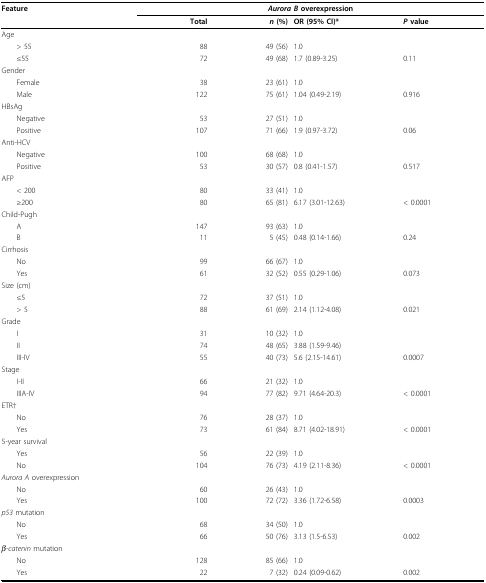
<table><thead><tr><td><b>Feature</b></td><td colspan="4"><b><i>Aurora B </i>overexpression</b></td></tr><tr><td></td><td><b>Total</b></td><td><b><i>n </i>(%)</b></td><td><b>OR (95% CI)*</b></td><td><b><i>P </i>value</b></td></tr></thead><tbody><tr><td>Age</td><td></td><td></td><td></td><td></td></tr><tr><td> &gt; 55</td><td>88</td><td>49 (56)</td><td>1.0</td><td></td></tr><tr><td> ≤55</td><td>72</td><td>49 (68)</td><td>1.7 (0.89-3.25)</td><td>0.11</td></tr><tr><td>Gender</td><td></td><td></td><td></td><td></td></tr><tr><td> Female</td><td>38</td><td>23 (61)</td><td>1.0</td><td></td></tr><tr><td> Male</td><td>122</td><td>75 (61)</td><td>1.04 (0.49-2.19)</td><td>0.916</td></tr><tr><td>HBsAg</td><td></td><td></td><td></td><td></td></tr><tr><td> Negative</td><td>53</td><td>27 (51)</td><td>1.0</td><td></td></tr><tr><td> Positive</td><td>107</td><td>71 (66)</td><td>1.9 (0.97-3.72)</td><td>0.06</td></tr><tr><td>Anti-HCV</td><td></td><td></td><td></td><td></td></tr><tr><td> Negative</td><td>100</td><td>68 (68)</td><td>1.0</td><td></td></tr><tr><td> Positive</td><td>53</td><td>30 (57)</td><td>0.8 (0.41-1.57)</td><td>0.517</td></tr><tr><td>AFP</td><td></td><td></td><td></td><td></td></tr><tr><td> &lt; 200</td><td>80</td><td>33 (41)</td><td>1.0</td><td></td></tr><tr><td> ≥200</td><td>80</td><td>65 (81)</td><td>6.17 (3.01-12.63)</td><td>&lt; 0.0001</td></tr><tr><td>Child-Pugh</td><td></td><td></td><td></td><td></td></tr><tr><td> A</td><td>147</td><td>93 (63)</td><td>1.0</td><td></td></tr><tr><td> B</td><td>11</td><td>5 (45)</td><td>0.48 (0.14-1.66)</td><td>0.24</td></tr><tr><td>Cirrhosis</td><td></td><td></td><td></td><td></td></tr><tr><td> No</td><td>99</td><td>66 (67)</td><td>1.0</td><td></td></tr><tr><td> Yes</td><td>61</td><td>32 (52)</td><td>0.55 (0.29-1.06)</td><td>0.073</td></tr><tr><td>Size (cm)</td><td></td><td></td><td></td><td></td></tr><tr><td> ≤5</td><td>72</td><td>37 (51)</td><td>1.0</td><td></td></tr><tr><td> &gt; 5</td><td>88</td><td>61 (69)</td><td>2.14 (1.12-4.08)</td><td>0.021</td></tr><tr><td>Grade</td><td></td><td></td><td></td><td></td></tr><tr><td> I</td><td>31</td><td>10 (32)</td><td>1.0</td><td></td></tr><tr><td> II</td><td>74</td><td>48 (65)</td><td>3.88 (1.59-9.46)</td><td></td></tr><tr><td> III-IV</td><td>55</td><td>40 (73)</td><td>5.6 (2.15-14.61)</td><td>0.0007</td></tr><tr><td>Stage</td><td></td><td></td><td></td><td></td></tr><tr><td> I-II</td><td>66</td><td>21 (32)</td><td>1.0</td><td></td></tr><tr><td> IIIA-IV</td><td>94</td><td>77 (82)</td><td>9.71 (4.64-20.3)</td><td>&lt; 0.0001</td></tr><tr><td>ETR†</td><td></td><td></td><td></td><td></td></tr><tr><td> No</td><td>76</td><td>28 (37)</td><td>1.0</td><td></td></tr><tr><td> Yes</td><td>73</td><td>61 (84)</td><td>8.71 (4.02-18.91)</td><td>&lt; 0.0001</td></tr><tr><td>5-year survival</td><td></td><td></td><td></td><td></td></tr><tr><td> Yes</td><td>56</td><td>22 (39)</td><td>1.0</td><td></td></tr><tr><td> No</td><td>104</td><td>76 (73)</td><td>4.19 (2.11-8.36)</td><td>&lt; 0.0001</td></tr><tr><td><i>Aurora A </i>overexpression</td><td></td><td></td><td></td><td></td></tr><tr><td> No</td><td>60</td><td>26 (43)</td><td>1.0</td><td></td></tr><tr><td> Yes</td><td>100</td><td>72 (72)</td><td>3.36 (1.72-6.58)</td><td>0.0003</td></tr><tr><td><i>p53 </i>mutation</td><td></td><td></td><td></td><td></td></tr><tr><td> No</td><td>68</td><td>34 (50)</td><td>1.0</td><td></td></tr><tr><td> Yes</td><td>66</td><td>50 (76)</td><td>3.13 (1.5-6.53)</td><td>0.002</td></tr><tr><td><i>β-catenin </i>mutation</td><td></td><td></td><td></td><td></td></tr><tr><td> No</td><td>128</td><td>85 (66)</td><td>1.0</td><td></td></tr><tr><td> Yes</td><td>22</td><td>7 (32)</td><td>0.24 (0.09-0.62)</td><td>0.002</td></tr></tbody></table>